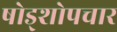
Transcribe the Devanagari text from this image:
षोड्शोपचार